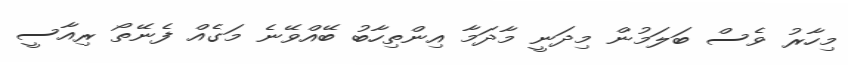
މިހާރު ވެސް ބަލަމުން މިދަނީ މާދަމާ އިންތިހާބު ބޭއްވޭނެ މަގެއް ފެނޭތޯ ރިއާސީ